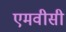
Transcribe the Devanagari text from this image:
एमवीसी